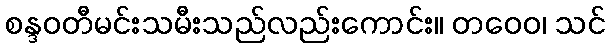
စန္ဒဝတီမင်းသမီးသည်လည်းကောင်း။ တဝေဝ၊ သင်